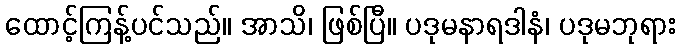
ထောင့်ကြန့်ပင်သည်။ အာသိ၊ ဖြစ်ပြီ။ ပဒုမနာရဒါနံ၊ ပဒုမဘုရား